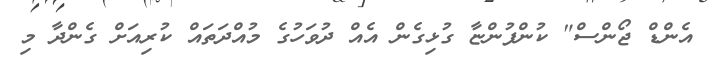
އެންޑް ޖޯންސް" ކުންފުންޏާ ގުޅިގެން އެއް ދުވަހުގެ މުއްދަތައް ކުރިއަށް ގެންދާ މި